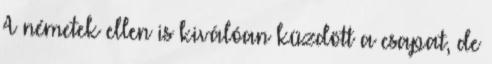
A németek ellen is kiválóan küzdött a csapat, de